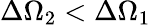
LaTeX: \Delta\Omega_{2}<\Delta\Omega_{1}